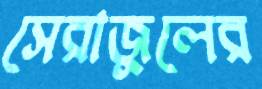
সেরাজুলের